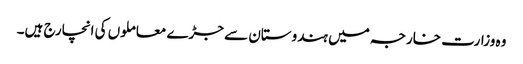
وہ وزارت خارجہ میں ہندوستان سے جڑے معاملوں کی انچارج ہیں۔